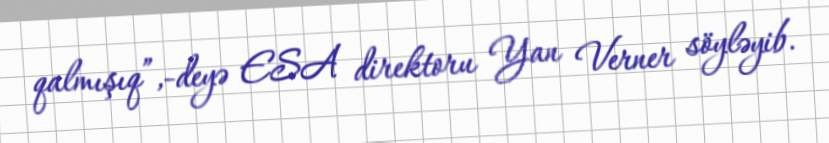
qalmışıq”,-deyə ESA direktoru Yan Verner söyləyib.